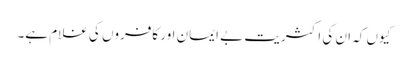
کیوں کہ ان کی اکثریت بے ایمان اور کافروں کی غلام ہے۔